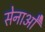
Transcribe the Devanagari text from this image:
सेनाओें